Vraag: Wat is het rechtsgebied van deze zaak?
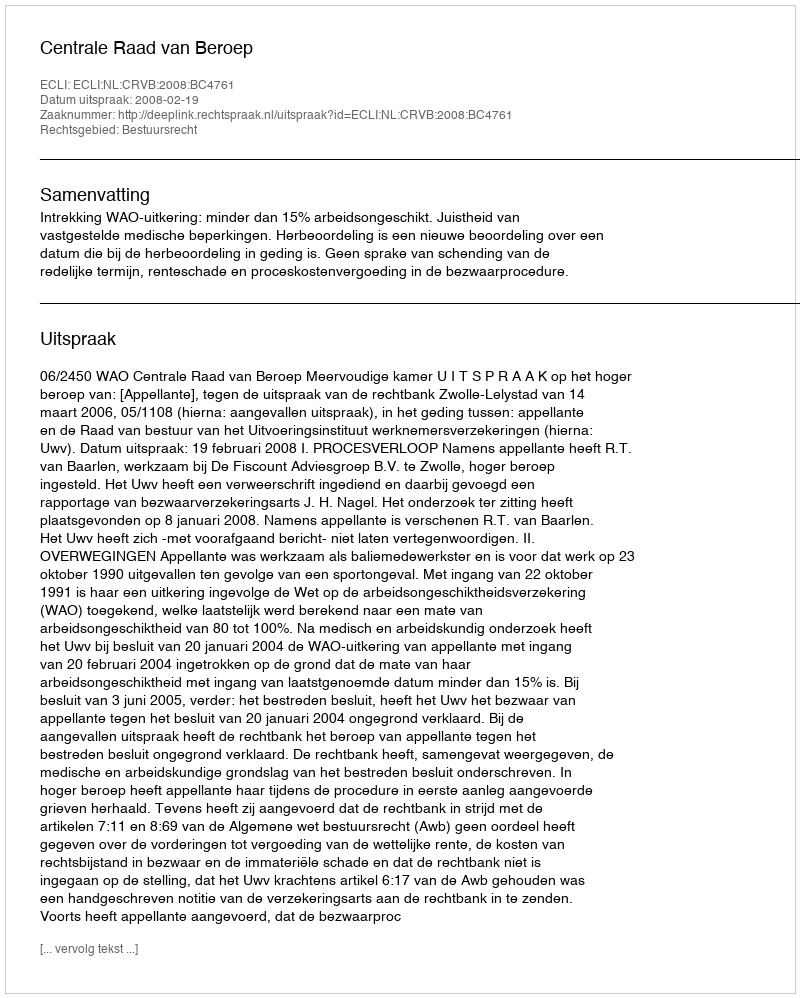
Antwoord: Bestuursrecht